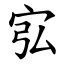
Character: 宖